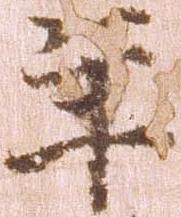
年